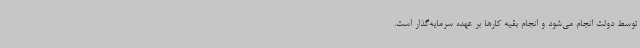
توسط دولت انجام می‌شود و انجام بقیه کارها بر عهده سرمایه‌گذار است.